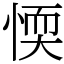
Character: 愞